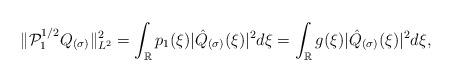
LaTeX: \begin{align*}\|\mathcal{P}_1^{1/2}Q_{(\sigma)}\|_{L^2}^2=\int_{\mathbb{R}} p_1(\xi)|\hat{Q}_{(\sigma)}(\xi)|^2d\xi=\int_{\mathbb{R}}g(\xi)|\hat{Q}_{(\sigma)}(\xi)|^2d\xi,\end{align*}